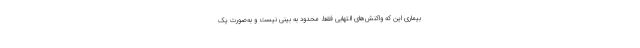
بیماری این که واکنش‌های التهابی فقط محدود به بینی نیست و به‌صورت یک